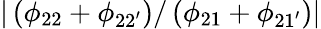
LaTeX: |\left(\phi_{22}+\phi_{22^{\prime}}\right)/\left(\phi_{21}+\phi_{21^{\prime}}\right)|